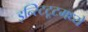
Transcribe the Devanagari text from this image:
इन्स्टिटूटमध्ये